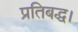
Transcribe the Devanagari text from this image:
प्रतिबद्ध।